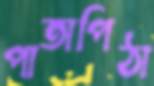
পাতাপিঠা